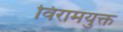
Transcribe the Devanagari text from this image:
विरामयुक्त